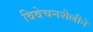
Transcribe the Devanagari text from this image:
विवेचनशैलीने